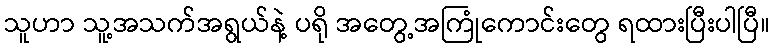
သူဟာ သူ့အသက်အရွယ်နဲ့ ပရို အတွေ့အကြုံကောင်းတွေ ရထားပြီးပါပြီ။